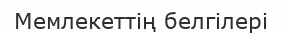
Мемлекеттің белгілері